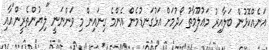
އަނެއްކޮޅުން ބަލާއިރު މަޢުލޫމާތު ހޯދުމަށް އަޅުގަނޑުމެން އެންމެ ގިނައިން މި ވަންނަނީ "ލިޔުންތެރީން"އާއި